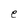
Character: e